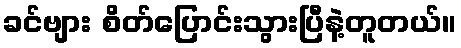
ခင်ဗျား စိတ်ပြောင်းသွားပြီနဲ့တူတယ်။